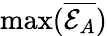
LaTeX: \operatorname*{max}(\overline{{\mathcal{E}_{A}}})